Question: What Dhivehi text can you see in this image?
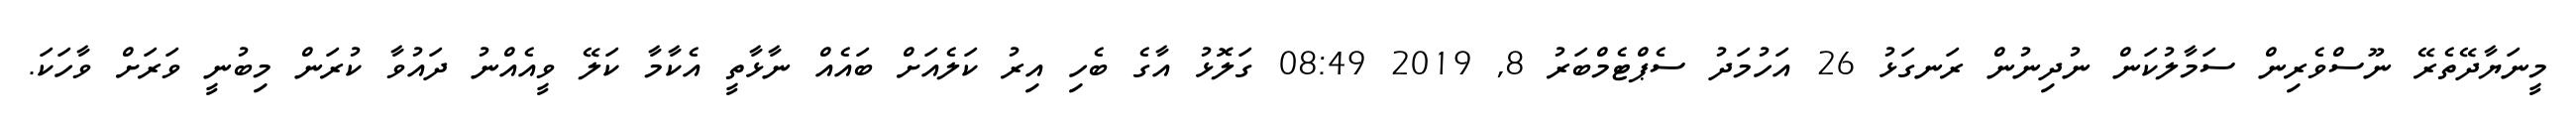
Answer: މީނަޔާދޭތެރޭ ނޫސްވެރިން ސަމާލުކަން ނުދިނުން ރަނގަޅު 26 އަހުމަދު ސެޕްޓެމްބަރު 8, 2019 08:49 ގަލޮޅު އާގެ ބެހި އިރު ކަލެއަށް ބައެއް ނާޅާތީ އެކާމާ ކަލޭ ވީއެއްނު ދައުވާ ކުރަން މިބުނީ ވަރަށް ވާހަކަ.